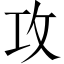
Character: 攻